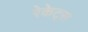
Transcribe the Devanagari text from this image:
रेकेट्स